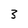
Character: 3